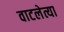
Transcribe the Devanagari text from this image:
वाटलेत्या